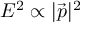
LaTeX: E ^ { 2 } \propto | { \vec { p } } | ^ { 2 }